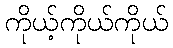
ကိုယ့်ကိုယ်ကိုယ်